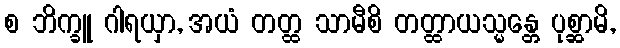
စ ဘိက္ခူ ဂါရယှာ, အယံ တတ္ထ သာမီစိ တတ္ထာယသ္မန္တေ ပုစ္ဆာမိ,